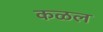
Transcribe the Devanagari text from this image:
कळल